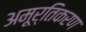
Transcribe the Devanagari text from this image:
अमूर्तिकरण